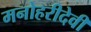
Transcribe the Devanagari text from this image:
मनोहरीदेवी